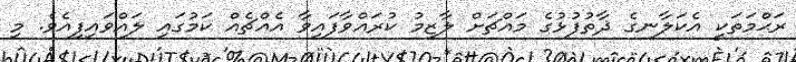
ރަޙްމަތަކީ އެކަލާނގެ ޛާތުފުޅުގެ މައްޗަށް ލާޒިމު ކުރައްވާފައިވާ އެއްޗެއް ކަމުގައި ލައްވައިފިއެވެ. މި